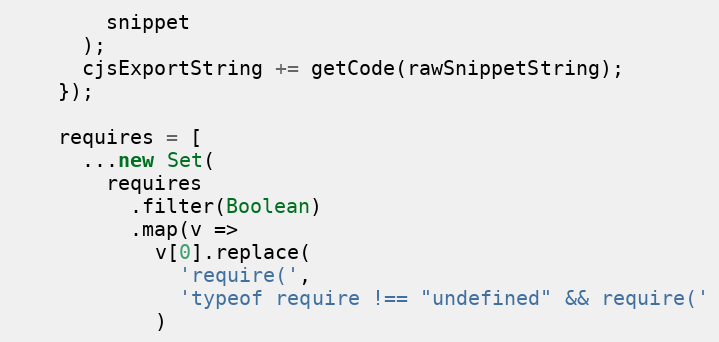
Language: JavaScript
        snippet
      );
      cjsExportString += getCode(rawSnippetString);
    });

    requires = [
      ...new Set(
        requires
          .filter(Boolean)
          .map(v =>
            v[0].replace(
              'require(',
              'typeof require !== "undefined" && require('
            )